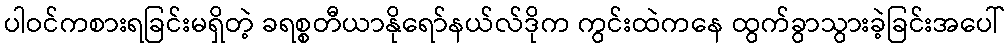
ပါဝင်ကစားရခြင်းမရှိတဲ့ ခရစ္စတီယာနိုရော်နယ်လ်ဒိုက ကွင်းထဲကနေ ထွက်ခွာသွားခဲ့ခြင်းအပေါ်